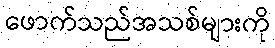
ဖောက်သည်အသစ်များကို